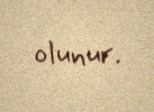
olunur.